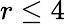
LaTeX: r\leq 4